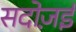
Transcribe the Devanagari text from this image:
सदोज़ई